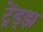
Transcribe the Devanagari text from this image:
ट्रेंड्‌झ